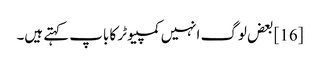
[16] بعض لوگ انہیں کمپیوٹر کا باپ کہتے ہیں۔